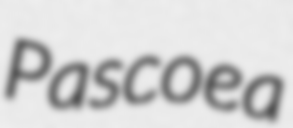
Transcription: Pascoea